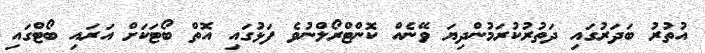
އުތުރު ބަދަރުގައި ދަތުރުކުރަމުންދިޔަ ވޭނެއް ކޮންޓްރޯލްނުވެ ފަޅުގައި އޮތް ބޯޓަކަށް އަރައި ބޯޓްގައި